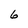
Character: 6